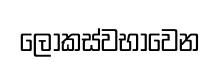
ලොකස්වභාවෙන